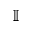
\mathbb { I }